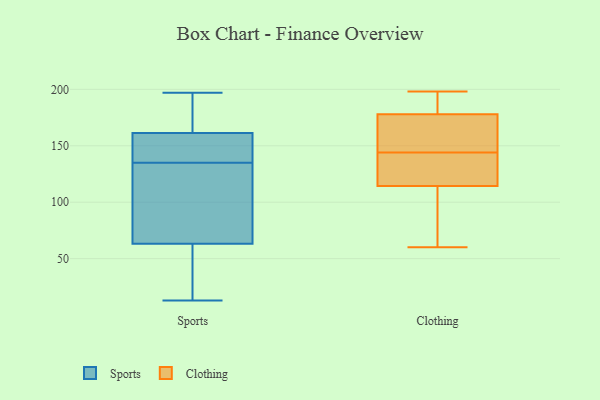
{"axis": {"x": "Production Output", "y": "Value"}, "legend": ["Clothing", "Sports"], "data": [{"x": "", "y": 174, "type": "Sports"}, {"x": "", "y": 36, "type": "Sports"}, {"x": "", "y": 46, "type": "Sports"}, {"x": "", "y": 142, "type": "Sports"}, {"x": "", "y": 162, "type": "Sports"}, {"x": "", "y": 111, "type": "Sports"}, {"x": "", "y": 100, "type": "Sports"}, {"x": "", "y": 125, "type": "Sports"}, {"x": "", "y": 139, "type": "Sports"}, {"x": "", "y": 13, "type": "Sports"}, {"x": "", "y": 197, "type": "Sports"}, {"x": "", "y": 122, "type": "Sports"}, {"x": "", "y": 148, "type": "Sports"}, {"x": "", "y": 178, "type": "Sports"}, {"x": "", "y": 51, "type": "Sports"}, {"x": "", "y": 174, "type": "Sports"}, {"x": "", "y": 159, "type": "Sports"}, {"x": "", "y": 135, "type": "Sports"}, {"x": "", "y": 14, "type": "Sports"}, {"x": "", "y": 65, "type": "Clothing"}, {"x": "", "y": 60, "type": "Clothing"}, {"x": "", "y": 179, "type": "Clothing"}, {"x": "", "y": 105, "type": "Clothing"}, {"x": "", "y": 144, "type": "Clothing"}, {"x": "", "y": 134, "type": "Clothing"}, {"x": "", "y": 174, "type": "Clothing"}, {"x": "", "y": 146, "type": "Clothing"}, {"x": "", "y": 175, "type": "Clothing"}, {"x": "", "y": 184, "type": "Clothing"}, {"x": "", "y": 193, "type": "Clothing"}, {"x": "", "y": 142, "type": "Clothing"}, {"x": "", "y": 114, "type": "Clothing"}, {"x": "", "y": 115, "type": "Clothing"}, {"x": "", "y": 198, "type": "Clothing"}]}